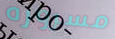
مسروره